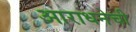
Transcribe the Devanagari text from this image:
आराधनेची